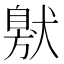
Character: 𤠩